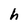
Character: h